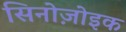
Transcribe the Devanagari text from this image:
सिनोज़ोइक